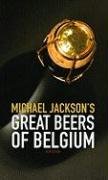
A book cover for Michael Jackson's Great Beers of Belgium; Michael Jackson; Cookbooks, Food & Wine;